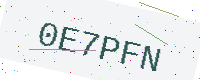
Text: 0E7PFN